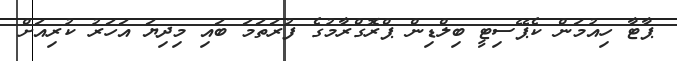
ޕާޓާ ހިއުމަން ކެޕޭސިޓީ ބިލްޑިން ޕްރޮގްރާމުގެ ފުރަތަމަ ބައި މިދިޔަ އަހަރު ކުރިއަށް